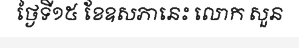
ថ្ងៃទី១៥ ខែឧសភានេះ លោក សួន